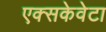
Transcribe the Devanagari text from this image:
एक्सकेवेटा